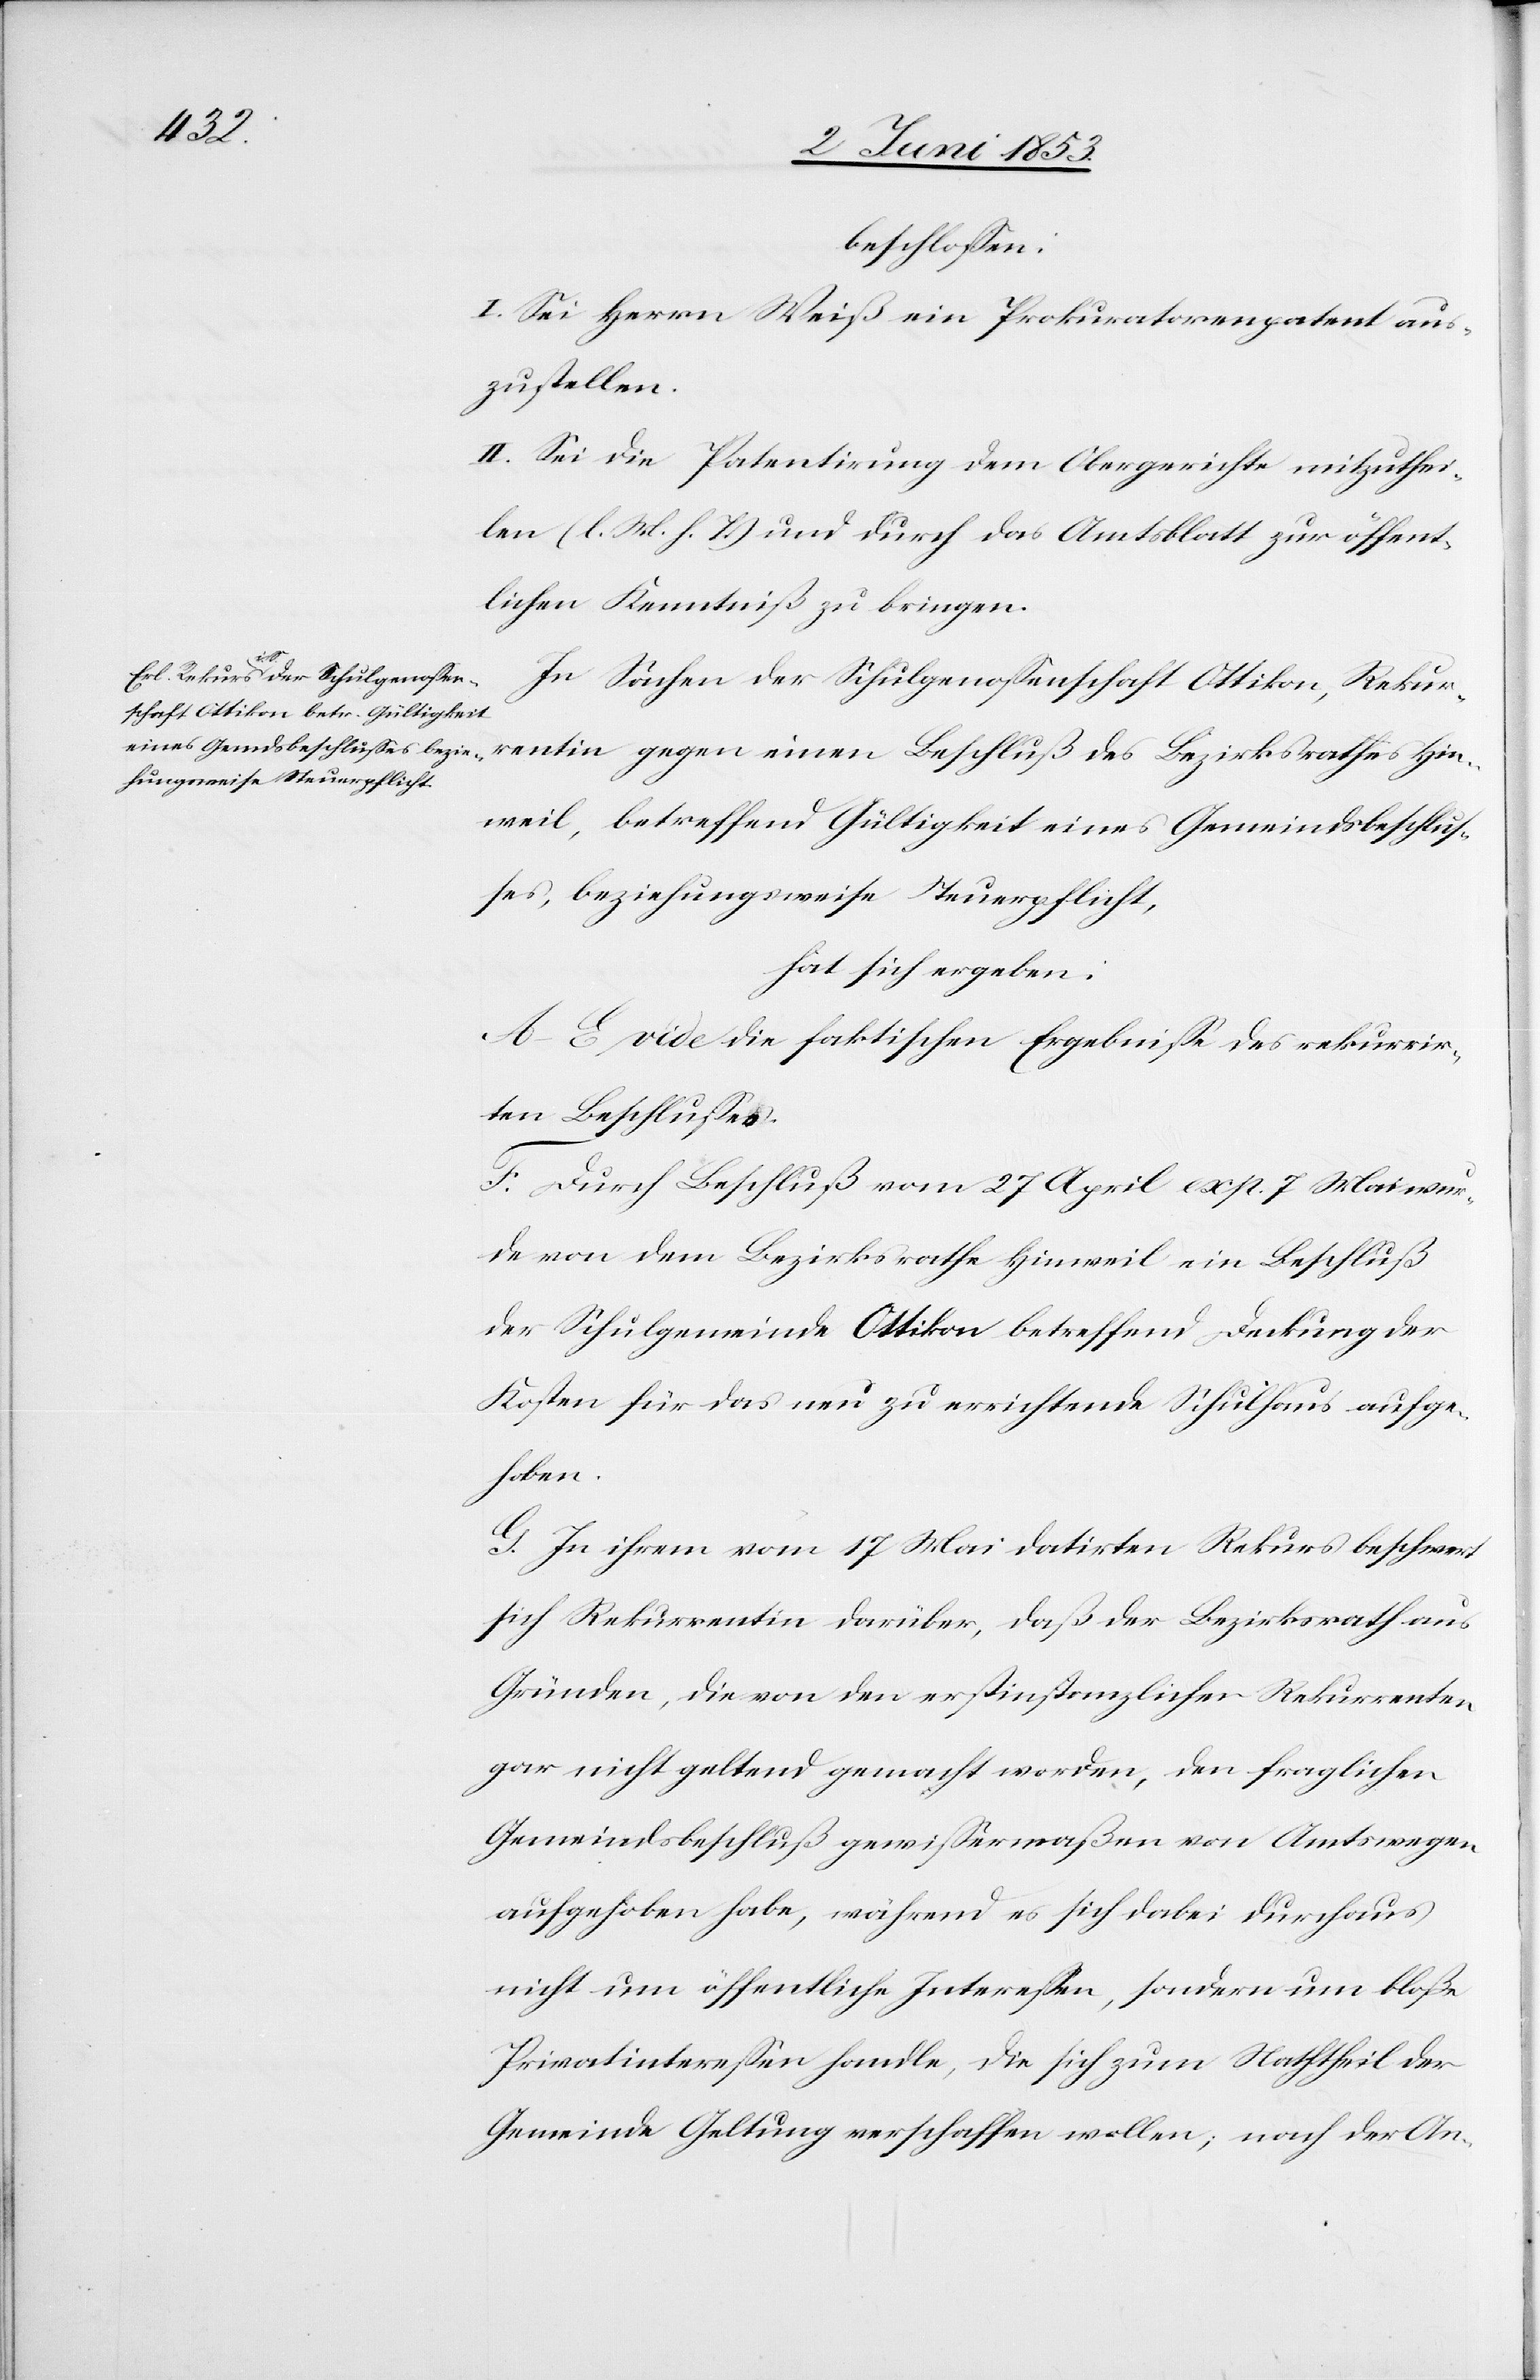
beschloßen:
I. Sei Herrn Weiß ein Prokuratorpatent aus¬
zustellen.
II. Sei die Patentirung dem Obergerichte mitzuthei¬
len [l. M. h. T] und durch das Amtsblatt zur öffent¬
lichen Kenntniß zu bringen.
In Sachen der Schulgenoßenschaft Ottikon, Rekur¬
rentin gegen einen Beschluß des Bezirksrathes Hin¬
weil, betreffend Gültigkeit eines Gemeindsbeschluß¬
es, beziehungsweise Steuerpflicht,
hat sich ergeben:
A–E. vide die faktischen Ergebniße des rekurrir¬
ten Beschlußes.
F. Durch Beschluß vom 27 April exp. 7 Mai wur¬
de von dem Bezirksrathe Hinweil ein Beschluß
der Schulgemeinde Ottikon betreffend Deckung der
Kosten für das neu zu errichtende Schulhaus aufge¬
hoben.
G. In ihrem vom 17 Mai datirten Rekurs beschwert
sich Rekurrentin darüber, daß der Bezirksrath aus
Gründen, die von den erstinstanzlichen Rekurrenten,
gar nicht geltend gemacht worden, den fraglichen
Gemeindsbeschluß gewißermaßen von Amtswegen
aufgehoben habe, während es sich dabei durchaus
nicht um öffentliche Intereßen, sondern um bloße
Privatintereßen handle, die sich zum Nachtheil der
Gemeinde Geltung verschaffen wollen, nach der An-